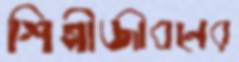
শিল্পীজীবনের